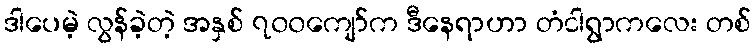
ဒါပေမဲ့ လွန်ခဲ့တဲ့ အနှစ် ၇၀၀ကျော်က ဒီနေရာဟာ တံငါရွာကလေး တစ်